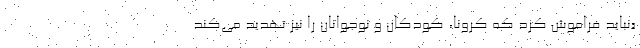
«نباید فراموش کرد که کرونا، کودکان و نوجوانان را نیز تهدید می‌کند